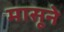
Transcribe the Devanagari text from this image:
मासूने